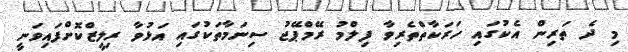
މި ދެ ތަރިން އެކުގައި ހަރަކާތްތެރިވާ ފިލްމު ރޭމްޕޭޖު ސިނަމާތަކުގައި އަޅުވާ ރިލީޒްކޮށްފައިވަނީ